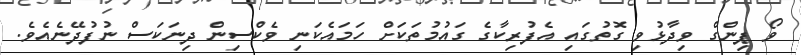
ވޯ ޕިންގް ވިދާޅުވި ގޮތުގައި އެފުރިކާގެ ގައުމުތަކަށް ހަމައެކަނި ވެކްސިން ދިނަކަސް ނުފުދޭނެއެވެ.